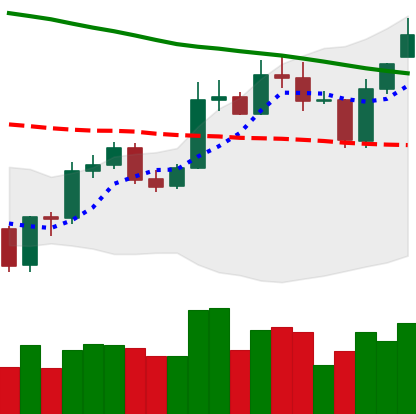
Ticker: ETC-USD
Chart end date: 2020-01-05
Forward return: 8.718%
Label: up_7plus